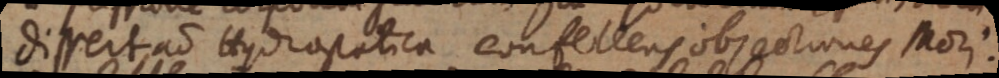
Dissertatio Hydrostatica confutens objectiones Mori.